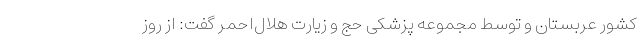
کشور عربستان و توسط مجموعه پزشکی حج و زیارت هلال‌احمر گفت: از روز